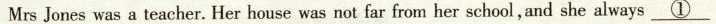
Mrs Jones was a teacher. Her house was not far from her school,and she always \underline{①}